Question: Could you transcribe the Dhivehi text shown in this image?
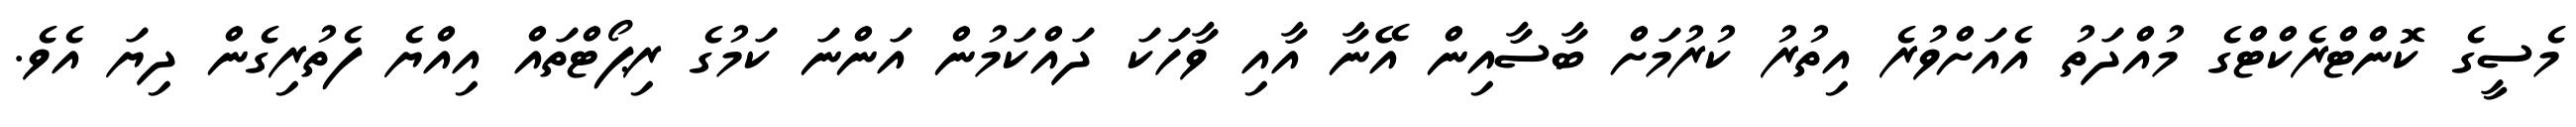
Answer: މެސީގެ ކޮންޓްރެކްޓްގެ މުއްދަތު އެއަށްވުރެ އިތުރު ކުރުމަށް ބާސާއިން އޭނާ އާއި ވާހަކަ ދައްކަމުން އަންނަ ކަމުގެ ރިޕޯޓްތައް އިއްޔެ ފެތުރިގެން ދިޔަ އެވެ.